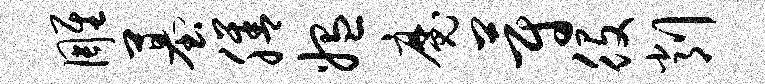
雕墓膳媪魔蔚役削